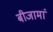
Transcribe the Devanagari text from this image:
बीजामां